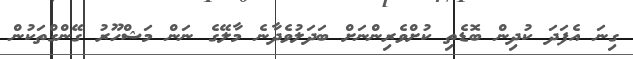
ގިނަ އެފަދަ ކުދިން ބޮޑެތި ކުށްވެރިންނަށް ބަދަލުވެދާނެ މާލޭގެ ނަން މަޝްހޫރު ގޭންގްތަކުން